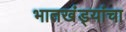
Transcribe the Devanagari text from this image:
भातखंड्यांचा